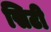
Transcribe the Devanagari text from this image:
सिटी